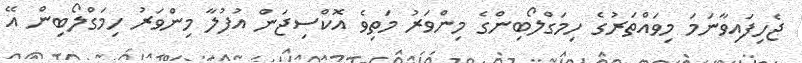
ޖެހިފައިވާނަމަ މިވައްތަރުގެ ހިމަގްލޯބިންގެ މިންވަރު މަތިވެ އޮކްސިޖަން އުފުލާ މިންވަރު ހިމަގްލޯބިން އޭ